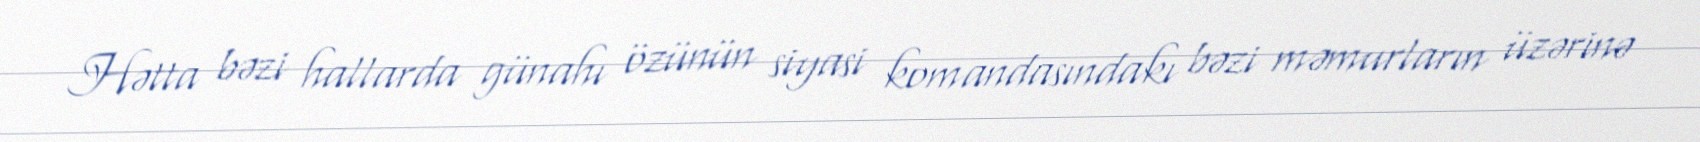
Hətta bəzi hallarda günahı özünün siyasi komandasındakı bəzi məmurların üzərinə